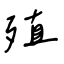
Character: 殖